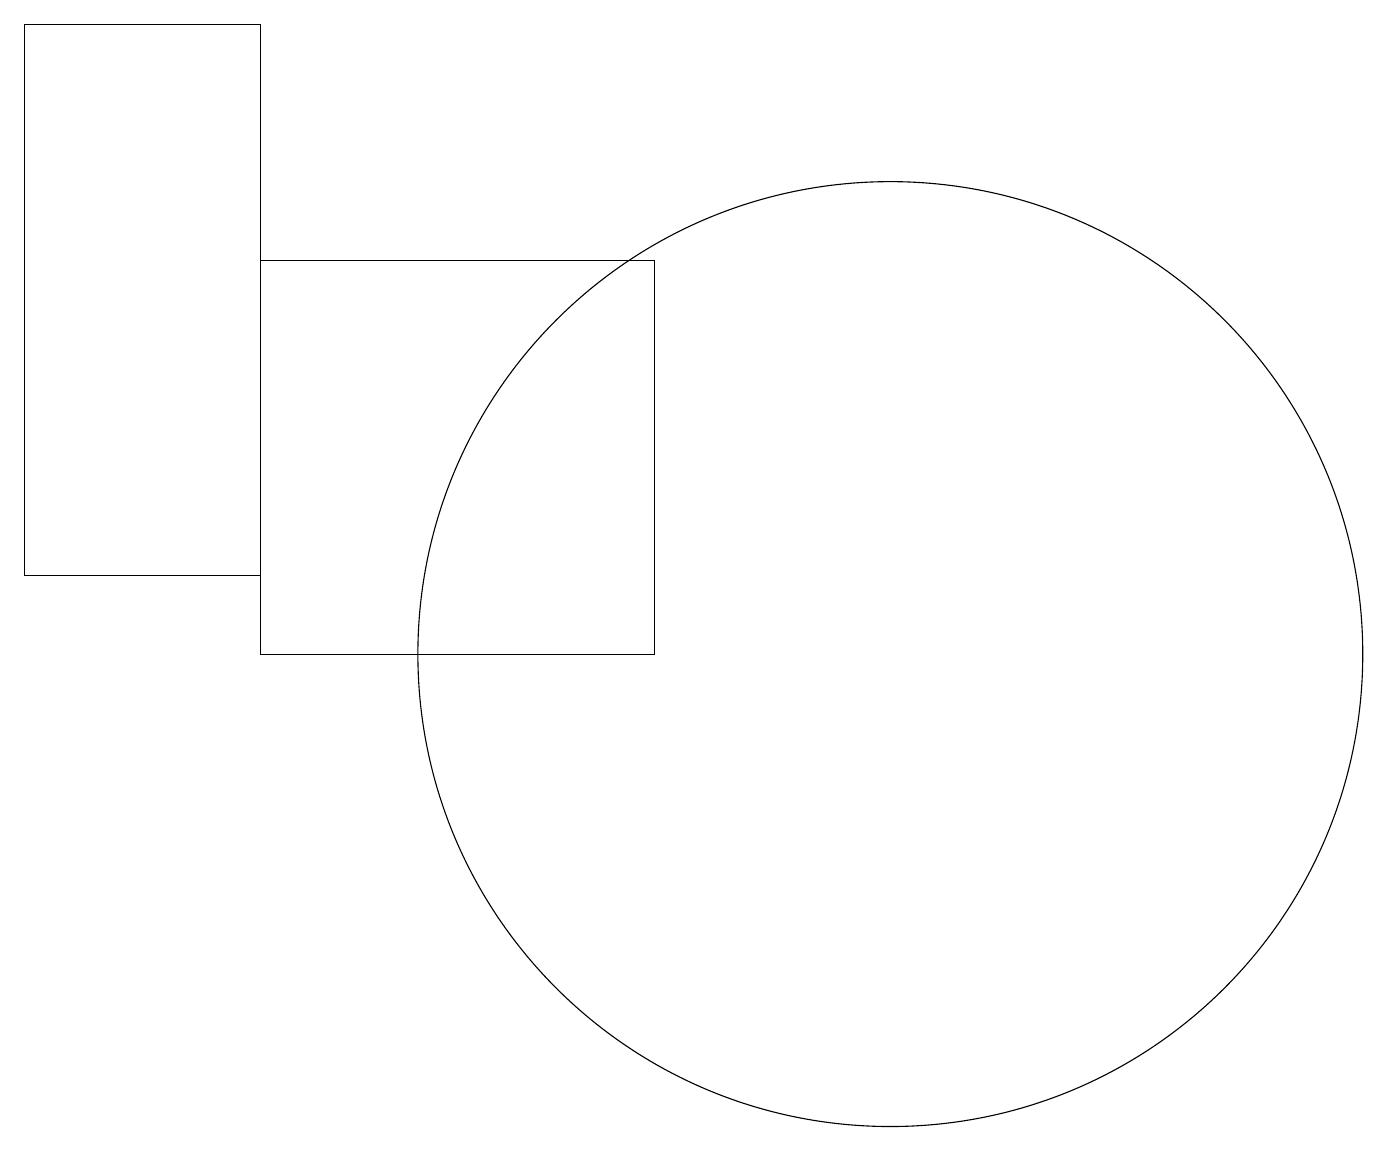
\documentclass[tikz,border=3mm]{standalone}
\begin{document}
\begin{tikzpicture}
\draw (0,19) rectangle (3,12);
\draw (11,11) circle (6);
\draw (3,16) rectangle (8,11);
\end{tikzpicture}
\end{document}